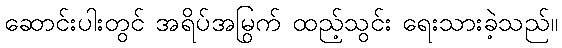
ဆောင်းပါးတွင် အရိပ်အမြွက် ထည့်သွင်း ရေးသားခဲ့သည်။